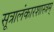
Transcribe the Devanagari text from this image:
सूत्रालंकारशास्त्रम्